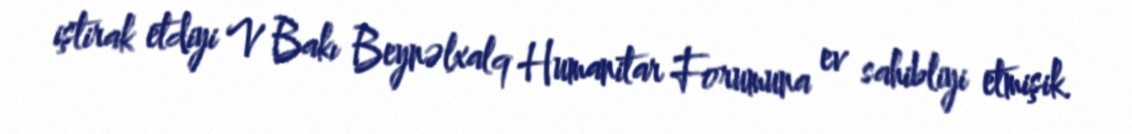
iştirak etdiyi V Bakı Beynəlxalq Humanitar Forumuna ev sahibliyi etmişik.